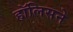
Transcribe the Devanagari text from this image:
हॉलिसने